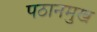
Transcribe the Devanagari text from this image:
पठानमुख